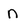
Character: n